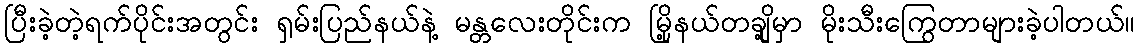
ပြီးခဲ့တဲ့ရက်ပိုင်းအတွင်း ရှမ်းပြည်နယ်နဲ့ မန္တလေးတိုင်းက မြို့နယ်တချို့မှာ မိုးသီးကြွေတာများခဲ့ပါတယ်။